Report of the Indian Hemp Drugs Commission, 1894-1895 - Volume III
Year: 1894
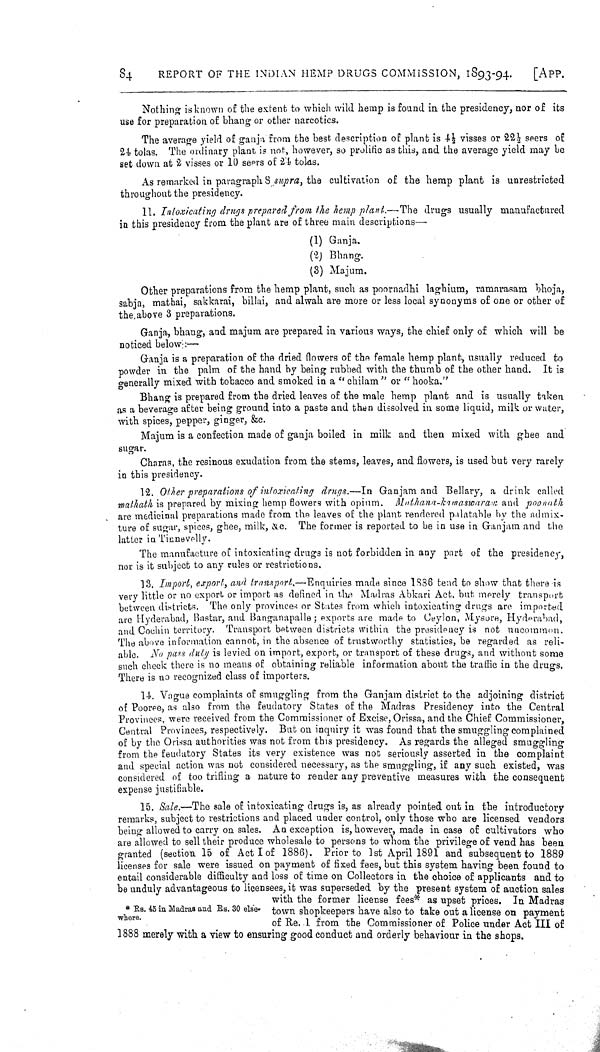
84
REPORT OF THE INDIAN HEMP DRUGS COMMISSION, 1893-94.
[APP.
Nothing is known of the extent to which wild hemp is found in the presidency, nor of its
use for preparation of bhang or other narcotics.
The average yield of ganja from the best description of plant is 41/2 visses or 221/2 seers of
24 tolas. The ordinary plant is not, however, so prolific as this, and the average yield may be
set down at 2 visses or 10 seers of 24 tolas.
As remarked in paragraph 8 supra, the cultivation of the hemp plant is unrestricted
throughout the presidency.
11. Intoxicating drugs prepared from the hemp plant.—The drugs usually manufact
in this presidency from the plant are of three main descriptions—
(1) Ganja.
(2) Bhang.
(3) Majum.
Other preparations from the hemp plant, such as poornadhi laghium, ramarasam bhoja,
sabja, mathai, sakkarai, billai, and alwah are more or less local synonyms of one or other of
the,above 3 preparations.
Ganja, bhang, and majum are prepared in various ways, the chief only of which will be
noticed below:—
Ganja is a preparation of the dried flowers of the female hemp plant, usually reduced to
powder in the palm of the hand by being rubbed with the thumb of the other hand. It is
generally mixed with tobacco and smoked in a "chilam" or "hooka."
Bhang is prepared from the dried leaves of the male hemp plant and is usually taken
as a beverage after being ground into a paste and then dissolved in some liquid, milk or water,
with spices, pepper, ginger, &c.
Majum is a confection made of ganja boiled in milk and then mixed with ghee and
sugar.
Charas, the resinous exudation from the stems, leaves, and flowers, is used but very rarely
in this presidency.
12. Other preparations of intoxicating drugs.—In Ganjam and Bellary, a drink calle
mathath is prepared by mixing hemp flowers with opium. Mathana-kamaswaram,
and p
are medicinal preparations made from the leaves of the plant rendered palatable by the admix-
ture of sugar, spices, ghee, milk, &c. The former is reported to be in use in Ganjam and the
latter in Tinnevelly.
The manufacture of intoxicating drugs is not forbidden in any part of the presidency,
nor is it subject to any rules or restrictions.
13. Import, export, and transport.—Enquiries made since 1886 tend to show that ther
very little or no export or import as defined in the Madras Abkari Act. but merely transport
between districts. The only provinces or States from which intoxicating drugs are imported
are Hyderabad, Bastar, and Banganapalle; exports are made to Ceylon, Mysore, Hyderabad,
and Cochin territory. Transport between districts within the presidency is not uncommon.
The above information cannot, in the absence of trustworthy statistics, be regarded as reli-
able. No pass duty is levied on import, export, or transport of these drugs, and without some
such check there is no means of obtaining reliable information about the traffic in the drugs.
There is no recognized class of importers.
14. Vague complaints of smuggling from the Ganjam district to the adjoining district
of Pooree, as also from the feudatory States of the Madras Presidency into the Central
Provinces, were received from the Commissioner of Excise, Orissa, and the Chief Commissioner,
Central Provinces, respectively. But on inquiry it was found that the smuggling complained
of by the Orissa authorities was not from this presidency. As regards the alleged smuggling
from the feudatory States its very existence was not seriously asserted in the complaint
and special action was not considered necessary, as the smuggling, if any such existed, was
considered of too trifling a nature to render any preventive measures with the consequent
expense justifiable.
*Rs. 45 in Madras and Rs. 30 else-
where.
15. Sale.—The sale of intoxicating drugs is, as already pointed out in the introductory
remarks, subject to restrictions and placed under control, only those who are licensed vendors
being allowed to carry on sales. An exception is, however, made in case of cultivators who
are allowed to sell their produce wholesale to persons to whom the privilege of vend has been
granted (section 15 of Act I of 1886). Prior to 1st April 1891 and subsequent to 1889
licenses for sale were issued on payment of fixed fees, but this system having been found to
entail considerable difficulty and loss of time on Collectors in the choice of applicants and to
be unduly advantageous to licensees, it was superseded by the present system of auction sales
with the former license fees* as upset prices. In Madras
town shopkeepers have also to take out a license on payment
of Re. 1 from the Commissioner of Police under Act III of
1888 merely with a view to ensuring good conduct and orderly behaviour in the shops.